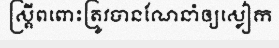
ស្ត្រីពពោះត្រូវបានណែនាំឲ្យស្លៀក